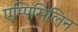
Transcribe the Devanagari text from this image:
एम्पिसिलिन